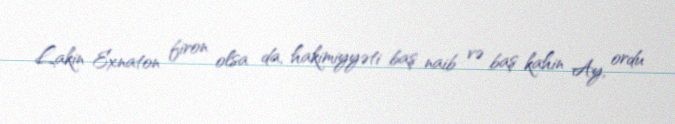
Lakin Exnaton firon olsa da, hakimiyyəti baş naib və baş kahin Ay, ordu